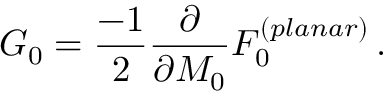
{ \cal G } _ { 0 } = \frac { - 1 } { 2 } \frac { \partial } { \partial M _ { 0 } } { \cal F } _ { 0 } ^ { ( p l a n a r ) } \, .